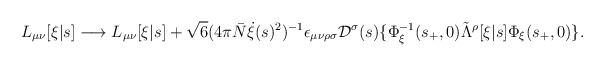
LaTeX: \begin{align*}L_{\mu\nu}[\xi|s] \longrightarrow L_{\mu\nu}[\xi|s] + \sqrt{6} (4\pi \bar{N} \dot{\xi}(s)^2)^{-1} \epsilon_{\mu\nu\rho\sigma} {\cal D}^\sigma(s) \{\Phi_\xi^{-1}(s_+,0) \tilde{\Lambda}^\rho[\xi|s] \Phi_\xi(s_+,0) \}.\end{align*}